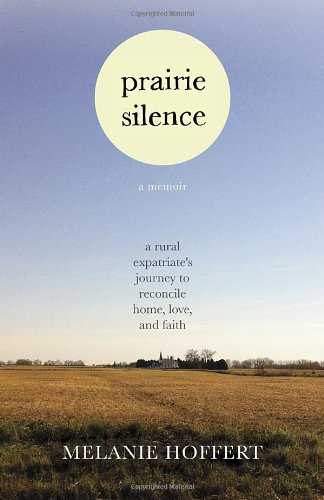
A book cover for Prairie Silence: A Memoir; Melanie Hoffert; Gay & Lesbian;